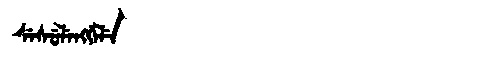
Manchu: ᠰᡝᠰᡠᠯᡝᠩᡤᡝᠯᡝ
Romanization: SESULENGGELE